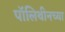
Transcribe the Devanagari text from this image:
पॉलिथीनच्या